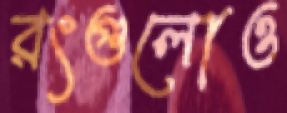
রংগুলোও